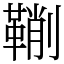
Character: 鞩